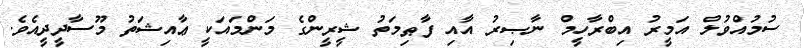
ސުމުއްވުލް އަމީރު އިބްރާހީމް ނާޞިރު އާއި ފާޠިމަތު ޝީރީންގެ މަންމައަކީ ޢާއިޝަތު މޫސާދީދީއެވެ.